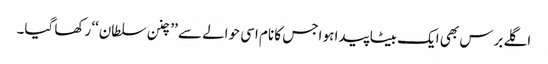
اگلے برس بھی ایک بیٹا پیدا ہو اجس کا نام اسی حوالے سے ’’چنن سلطان‘‘ رکھا گیا۔